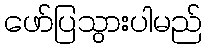
ဖော်ပြသွားပါမည်